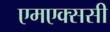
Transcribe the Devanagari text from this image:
एमएक्ससी